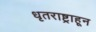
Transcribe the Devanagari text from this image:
धृतराष्ट्राहून